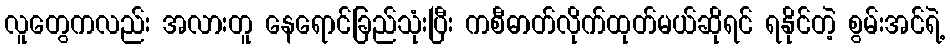
လူတွေကလည်း အလားတူ နေရောင်ခြည်သုံးပြီး ကစီဓာတ်လိုက်ထုတ်မယ်ဆိုရင် ရနိုင်တဲ့ စွမ်းအင်ရဲ့